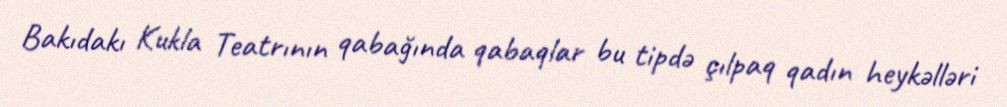
Bakıdakı Kukla Teatrının qabağında qabaqlar bu tipdə çılpaq qadın heykəlləri